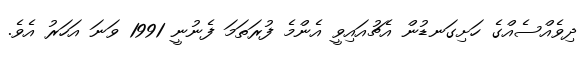
ދިވެއްސެއްގެ ހަށިގަނޑުން އެޗުއައިވީ އެންމެ ފުރަތަމަ ފެނުނީ 1991 ވަނަ އަހަރު އެވެ.